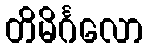
တိမိင်္ဂလော